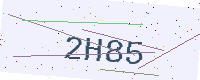
Text: 2H85